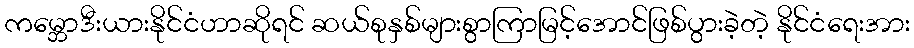
ကမ္ဘောဒီးယားနိုင်ငံဟာဆိုရင် ဆယ်စုနှစ်များစွာကြာမြင့်အောင်ဖြစ်ပွားခဲ့တဲ့ နိုင်ငံရေးအား